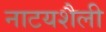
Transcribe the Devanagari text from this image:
नाटयशैली